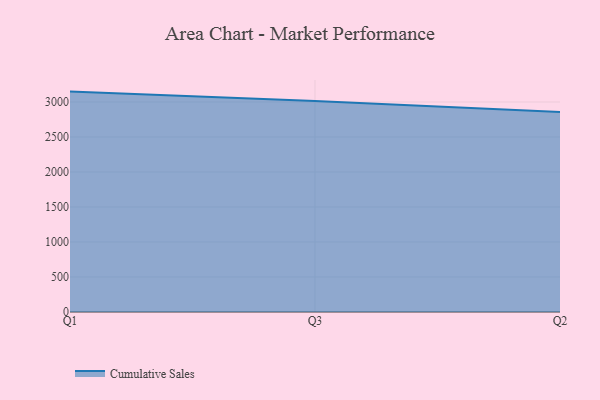
{"axis": {"x": "Quarter", "y": "Churn Rate (%)"}, "legend": ["Cumulative Sales"], "data": [{"x": "Q1", "y": 3148.4, "type": "Cumulative Sales"}, {"x": "Q3", "y": 3015.6, "type": "Cumulative Sales"}, {"x": "Q2", "y": 2858.1, "type": "Cumulative Sales"}]}